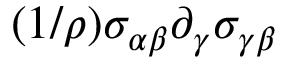
( 1 / \rho ) \sigma _ { \alpha \beta } \partial _ { \gamma } \sigma _ { \gamma \beta }